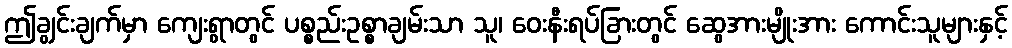
ဤချွင်းချက်မှာ ကျေးရွာတွင် ပစ္စည်းဥစ္စာချမ်းသာ သူ၊ ဝေးနီးရပ်ခြားတွင် ဆွေအားမျိုးအား ကောင်းသူများနှင့်